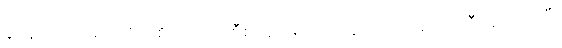
ခုနောက်ပိုင်းမှာ ကိုယ့်စိတ်ကြိုက်စီစဉ်ပေးမယ့် တွေလည်း အများကြီး ရှိလာပါပြီ။